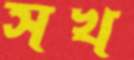
সখ